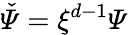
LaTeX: \mathit{\check{\Psi}}=\xi^{d-1}\mathit{\Psi}